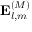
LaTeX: \mathbf { E } _ { l , m } ^ { ( M ) }